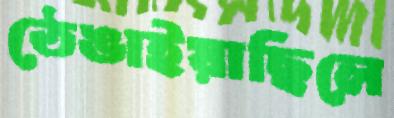
ঠেঙাইয়াছিলে